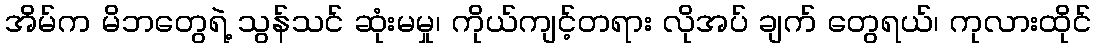
အိမ်က မိဘတွေရဲ့ သွန်သင် ဆုံးမမှု၊ ကိုယ်ကျင့်တရား လိုအပ် ချက် တွေရယ်၊ ကုလားထိုင်